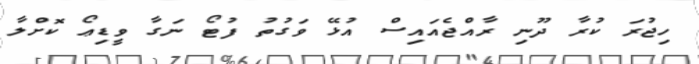
ހިޖުރަ ކުރާ ދޫނި ރާއްޖެއައިސް އުޅޭ ވަގުތު ފުޓޯ ނަގާ ވީޑިޢޯ ކޮށްލާ